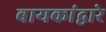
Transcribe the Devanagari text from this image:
बायकांद्वारे